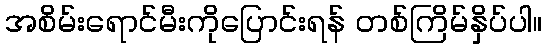
အစိမ်းရောင်မီးကိုပြောင်းရန် တစ်ကြိမ်နှိပ်ပါ။